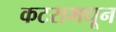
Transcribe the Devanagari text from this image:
कटरामधून